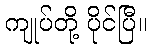
ကျုပ်တို့ ပိုင်ပြီ။